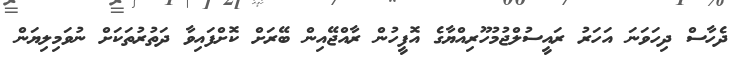
ދެހާސް ދިހަވަނަ އަހަރު ރައީސުލްޖުމުހޫރިއްޔާގެ އޮފީހުން ރާއްޖޭއިން ބޭރަށް ކޮށްފައިވާ ދަތުރުތަކަށް ނުވަމިލިޔަން